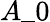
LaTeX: A\_ 0